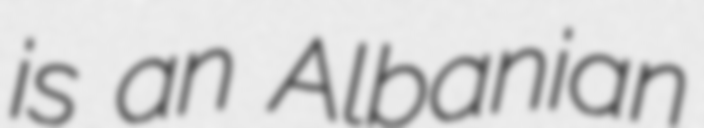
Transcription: is an Albanian